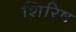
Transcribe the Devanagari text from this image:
शिरिष